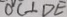
O C \bot D E